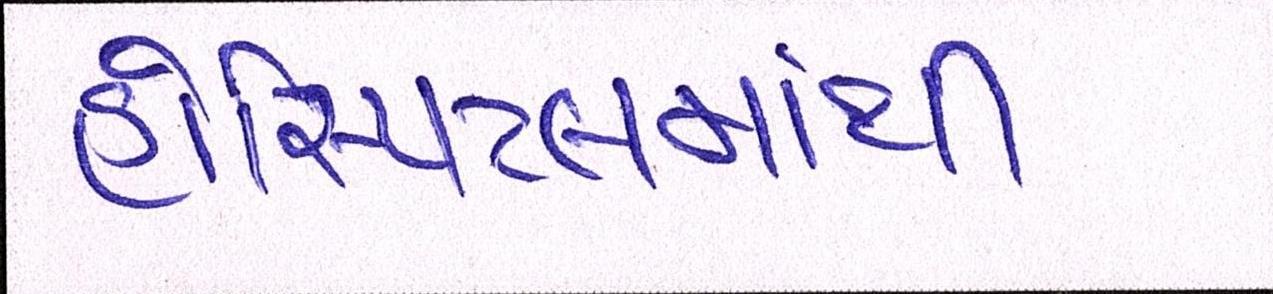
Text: હોસ્પિટલમાંથી